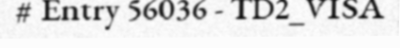
# Entry 56036 - TD2_VISA